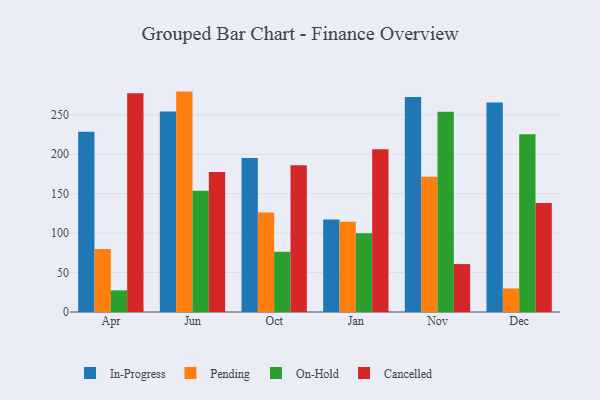
{"axis": {"x": "Month", "y": "Customer Acquisition Cost (USD)"}, "legend": ["Cancelled", "In-Progress", "On-Hold", "Pending"], "data": [{"x": "Apr", "y": 228.3, "type": "In-Progress"}, {"x": "Apr", "y": 79.8, "type": "Pending"}, {"x": "Apr", "y": 27.4, "type": "On-Hold"}, {"x": "Apr", "y": 277.3, "type": "Cancelled"}, {"x": "Jun", "y": 254.2, "type": "In-Progress"}, {"x": "Jun", "y": 279.3, "type": "Pending"}, {"x": "Jun", "y": 153.6, "type": "On-Hold"}, {"x": "Jun", "y": 177.5, "type": "Cancelled"}, {"x": "Oct", "y": 195.2, "type": "In-Progress"}, {"x": "Oct", "y": 126.0, "type": "Pending"}, {"x": "Oct", "y": 76.3, "type": "On-Hold"}, {"x": "Oct", "y": 186.1, "type": "Cancelled"}, {"x": "Jan", "y": 117.2, "type": "In-Progress"}, {"x": "Jan", "y": 114.4, "type": "Pending"}, {"x": "Jan", "y": 99.8, "type": "On-Hold"}, {"x": "Jan", "y": 206.1, "type": "Cancelled"}, {"x": "Nov", "y": 272.3, "type": "In-Progress"}, {"x": "Nov", "y": 171.5, "type": "Pending"}, {"x": "Nov", "y": 253.7, "type": "On-Hold"}, {"x": "Nov", "y": 60.7, "type": "Cancelled"}, {"x": "Dec", "y": 265.5, "type": "In-Progress"}, {"x": "Dec", "y": 29.8, "type": "Pending"}, {"x": "Dec", "y": 225.2, "type": "On-Hold"}, {"x": "Dec", "y": 138.1, "type": "Cancelled"}]}